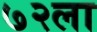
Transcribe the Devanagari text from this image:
७२ला